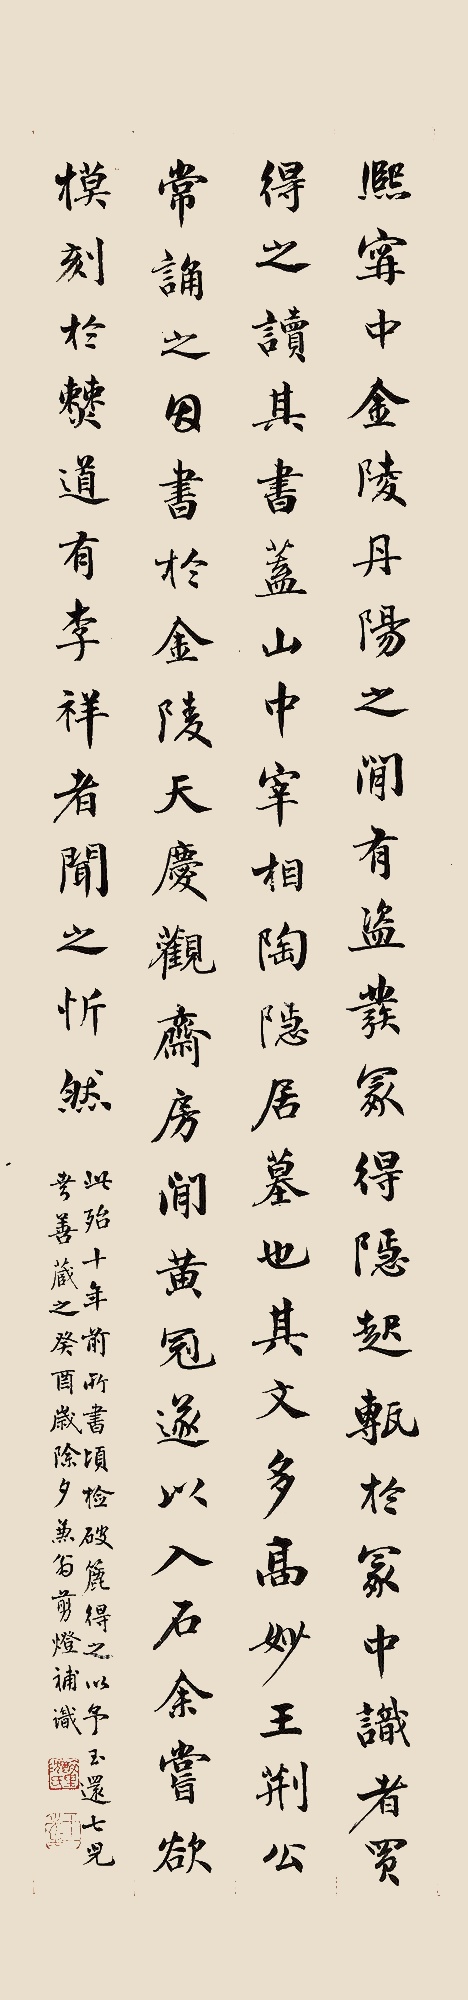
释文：1.熙宁中，金陵丹阳之间，有盗发冢，得隐起砖于冢中。识者买得之，读其书，盖山中宰相陶隐居墓也。其文多高妙，王荆公常诵之，因书于金陵天庆观斋房间，黄冠遂以入石。余尝欲模刻于僰道，有李祥者闻之忻然。2.此殆十年前所书，顷检破簏得之，以予玉还七儿，幸善藏之。癸酉岁除夕（1934年）兼翁剪灯补识。